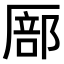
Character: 𫨚